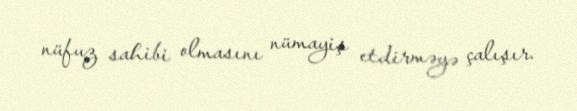
nüfuz sahibi olmasını nümayiş etdirməyə çalışır.